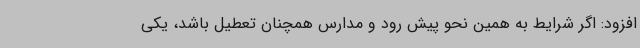
افزود: اگر شرایط به همین نحو پیش رود و مدارس همچنان تعطیل باشد، یکی